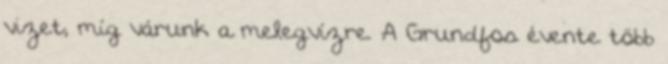
vizet, míg várunk a melegvízre. A Grundfos évente több